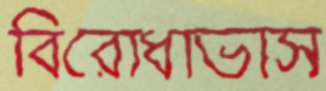
বিরোধাভাস